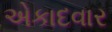
એકાદવાર